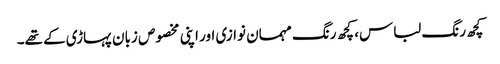
کچھ رنگ لباس، کچھ رنگ مہمان نوازی اور اپنی مخصوص زبان پہاڑی کے تھے۔